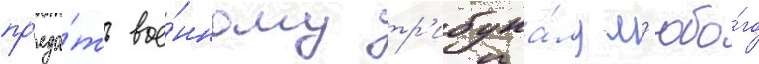
пр'еда́ть вое́нному тр'ибуна́лу л'юбо́го